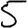
Digit: 5